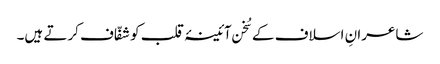
شاعرانِ اسلاف کے سُخن آئینۂ قلب کو شفّاف کرتے ہیں۔